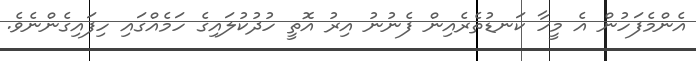
އެންމެފަހުން އެ މީހާ ކަނޑުތެރެއިން ފެނުނު އިރު އޮތީ ހުދުކުލައިގެ ހަމެއްގައި ހިފައިގެންނެވެ.